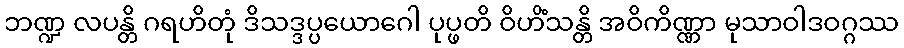
ဘဏ္ဍ လပန္တိ ဂရဟိတုံ ဒိသဒ္ဒပ္ပယောဂေါ ပုပ္ဖတိ ဝိဟိံသန္တိ အဝိကိဏ္ဏာ မုသာဝါဒဝဂ္ဂဿ